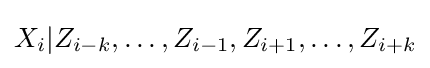
X_{i}|Z_{i-k},\ldots ,Z_{i-1},Z_{i+1},\ldots ,Z_{i+k}